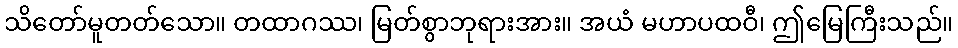
သိတော်မူတတ်သော။ တထာဂဿ၊ မြတ်စွာဘုရားအား။ အယံ မဟာပထဝီ၊ ဤမြေကြီးသည်။